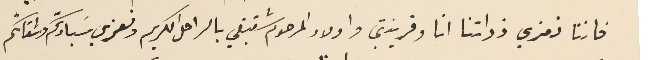
فاننا نعزي ذواتنا انا وقرينتي واولاد المرحوم شقيقي بالراحل الكريم ونعزي سَيادتكم واشقائكم